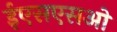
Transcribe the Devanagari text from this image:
ईएसएसओ